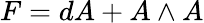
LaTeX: F=dA+A\wedge A